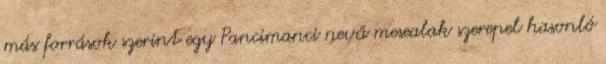
más források szerint egy Pancimanci nevű mesealak szerepel hasonló